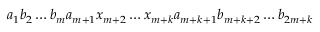
a _ { 1 } b _ { 2 } \dots b _ { m } a _ { m + 1 } x _ { m + 2 } \dots x _ { m + k } a _ { m + k + 1 } b _ { m + k + 2 } \dots b _ { 2 m + k }